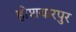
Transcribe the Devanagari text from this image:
होशयारपुर